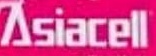
Asiacell